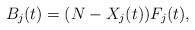
LaTeX: \begin{align*}B_j(t) = (N - X_j(t)) F_j(t),\end{align*}